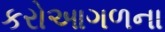
કરોઆગળના